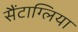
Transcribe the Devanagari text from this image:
सैंटाग्लिया